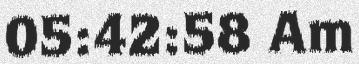
05:42:58 Am